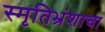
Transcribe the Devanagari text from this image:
स्मृतिभ्रंशाचा